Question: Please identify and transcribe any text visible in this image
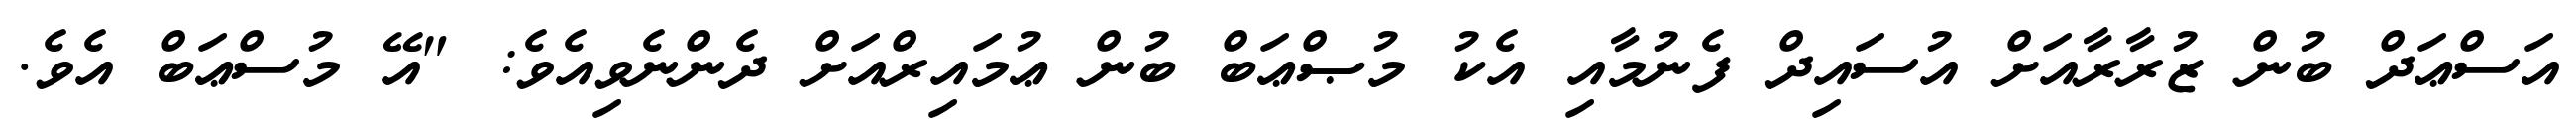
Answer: އަސްޢަދް ބުން ޒުރާރާއަށް އުސައިދް ފެނުމާއި އެކު މުޞްޢަބް ބުން ޢުމައިރްއަށް ދެންނެވިއެވެ: "އޭ މުސްޢަބް އެވެ.